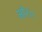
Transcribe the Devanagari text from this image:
और।।